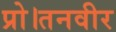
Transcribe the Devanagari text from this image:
प्रो।तनवीर